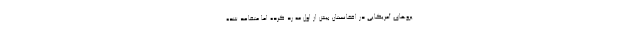
یروهای آمریکایی در افغانستان بیش از اول مه رد کرده اما متقاعد شده